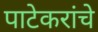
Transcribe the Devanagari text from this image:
पाटेकरांचे